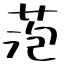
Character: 萢